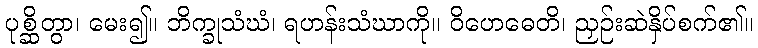
ပုစ္ဆိတွာ၊ မေး၍။ ဘိက္ခုသံဃံ၊ ရဟန်းသံဃာကို။ ဝိဟေဓေတိ၊ ညှဉ်းဆဲနှိပ်စက်၏။